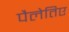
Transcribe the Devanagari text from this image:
पैलेतिए